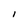
Character: l